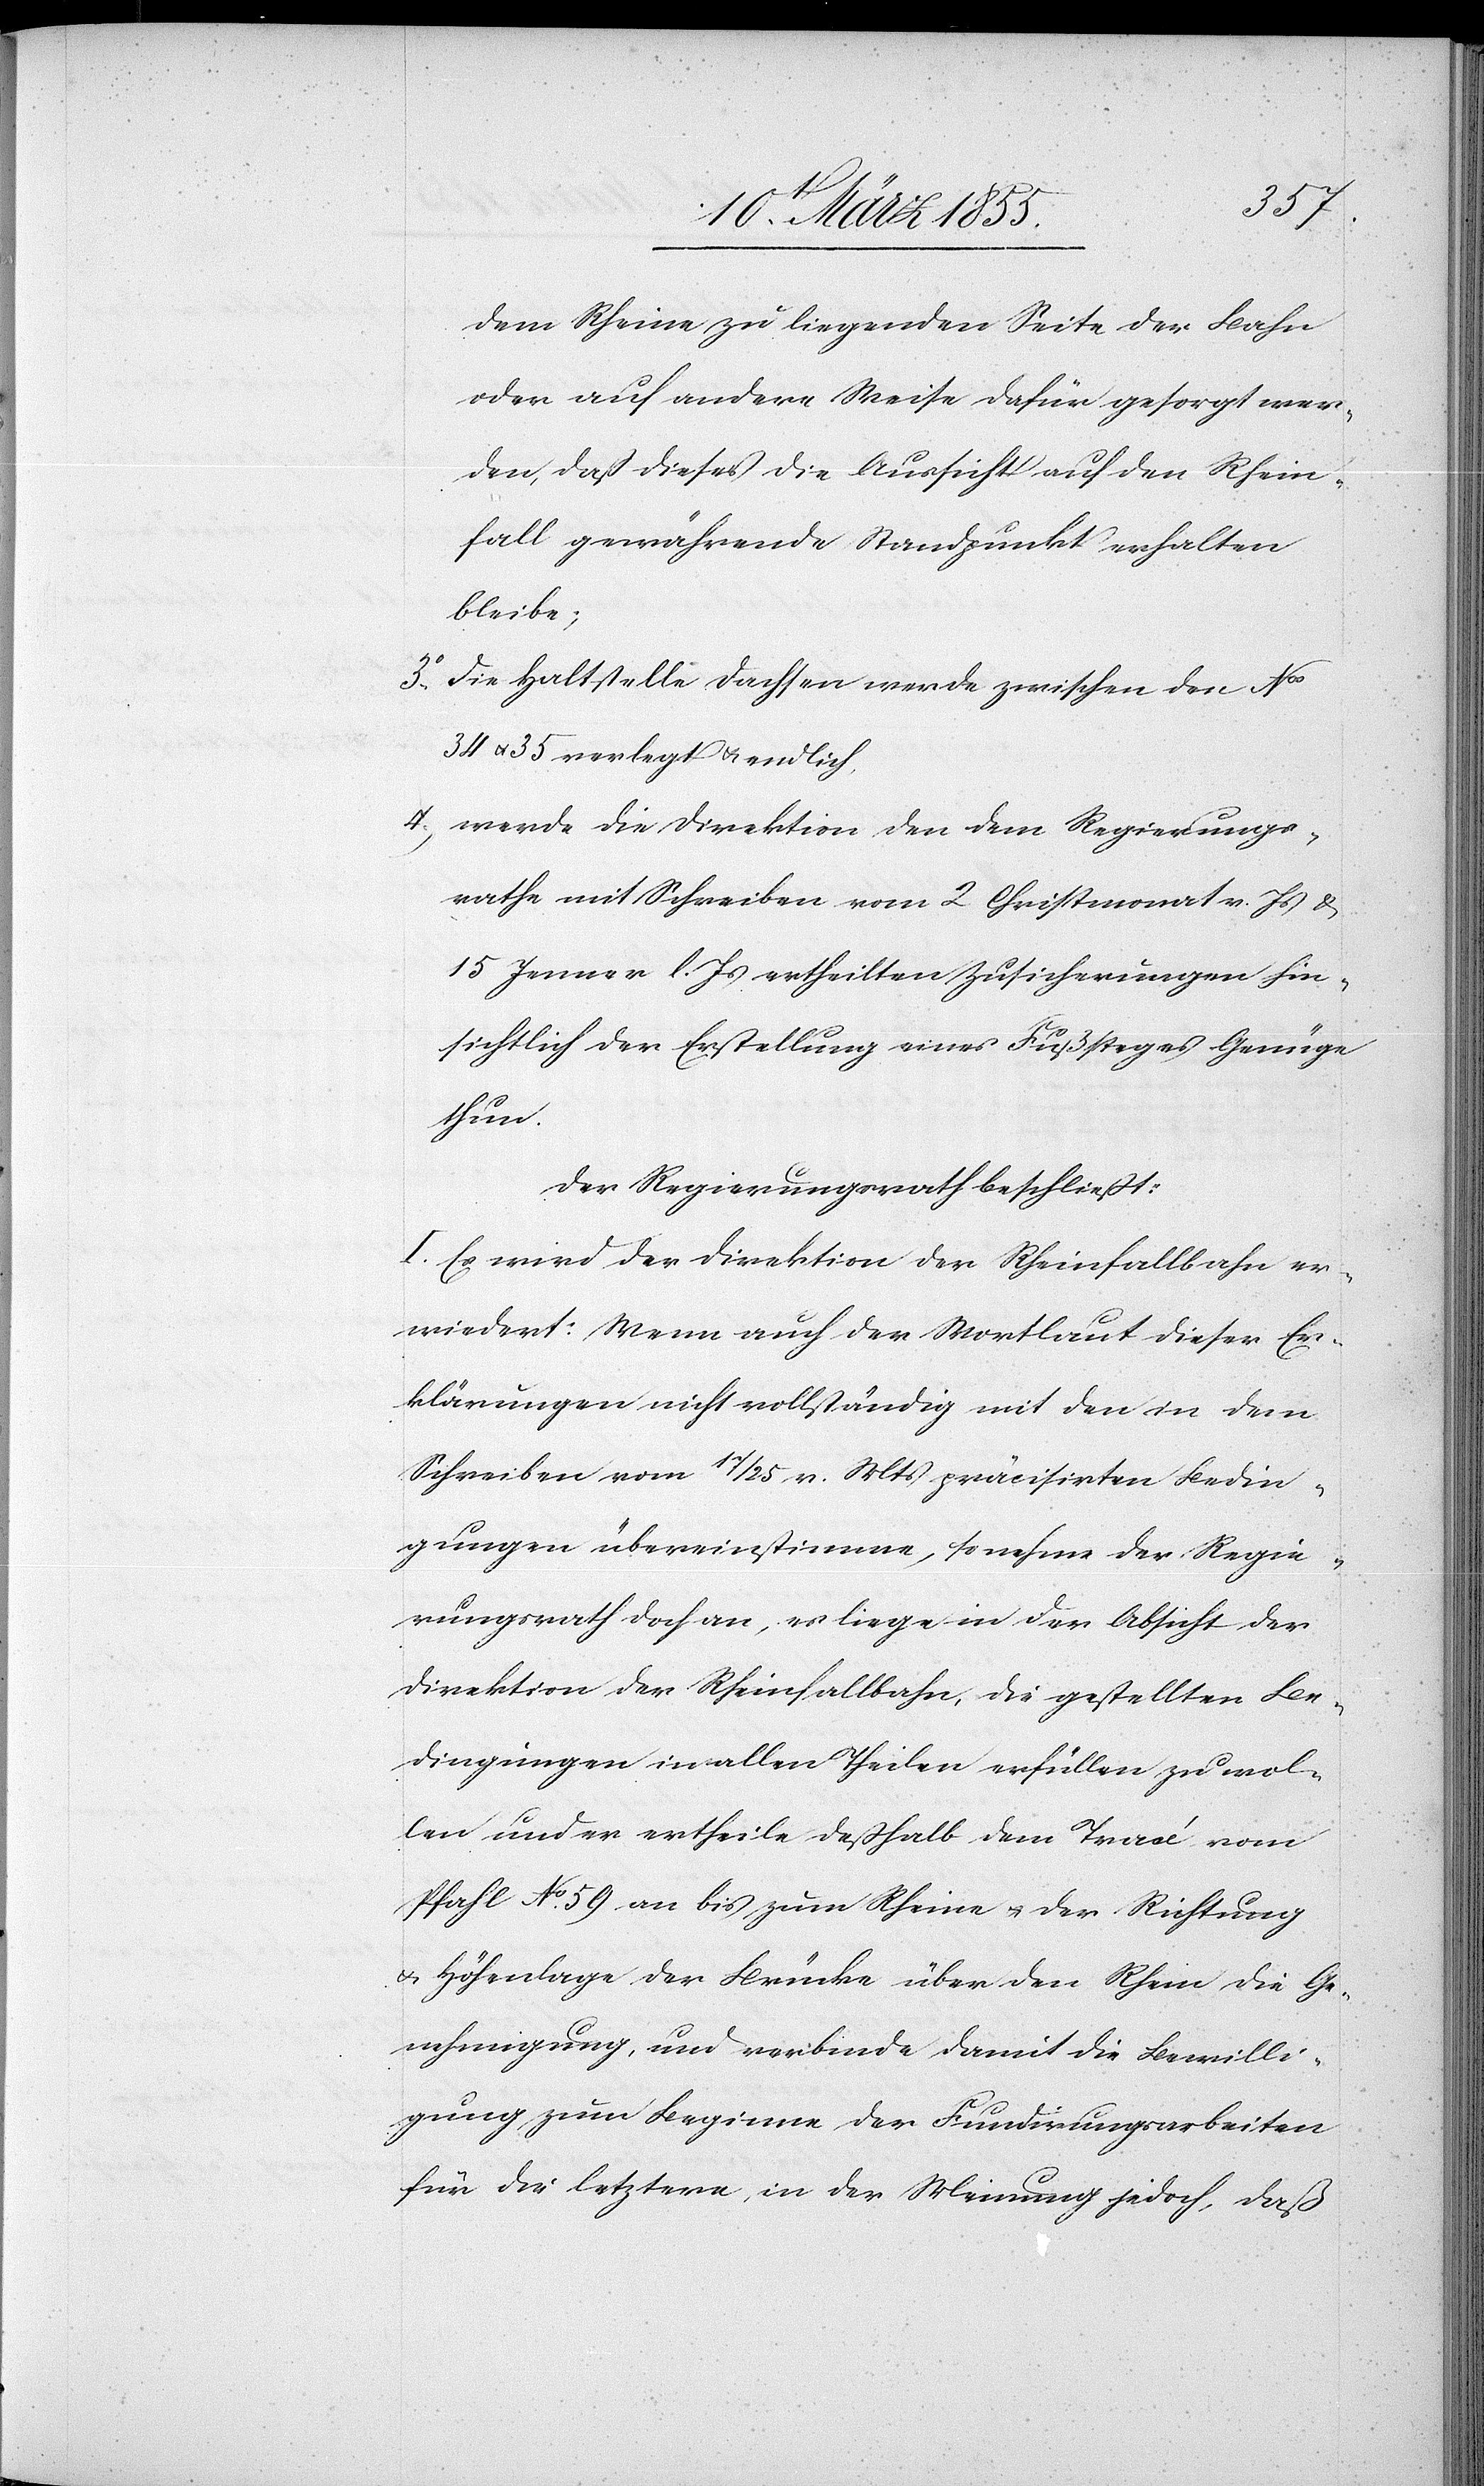
3o.
dem Rheine zu liegenden Seite der Bahn
oder auf andere Weise dafür gesorgt wer¬
den, daß dieses die Aussicht auf den Rhein¬
fall gewährende Standpunkt erhalten
bleibe;
die Haltstelle Dachsen werde zwischen den Nos
34 & 35 verlegt & endlich,
werde die Direktion den dem Regierungs¬
rathe mit Schreiben vom 2 Christmonat v. Js &
15 Jenner l. Js ertheilten Zusicherungen hin¬
sichtlich der Erstellung eines Fußsteges Genüge
thun.
Der Regierungsrath beschließt:
I. Es wird der Direktion der Rheinfallbahn er¬
wiedert: Wenn auch der Wortlaut dieser Er¬
klärungen nicht vollständig mit den in dem
Schreiben vom 17 / 25 v. Mts präcisirten Bedin¬
gungen übereinstimme, so nehme der Regie¬
rungsrath doch an, es liege in der Absicht der
Direktion der Rheinfallbahn, die gestellten Be¬
dingungen in allen Theilen erfüllen zu wol¬
len und er ertheile deßhalb dem Tracé vom
Pfahl No. 59 an bis zum Rheine & der Richtung
& Höhenlage der Brücke über den Rhein die Ge¬
nehmigung, und verbinde damit die Bewilli¬
gung zum Beginne der Fundirungsarbeiten
für die letztere, in der Meinung jedoch, daß